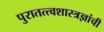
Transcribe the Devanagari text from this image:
पुरातत्त्वशास्त्रज्ञांची